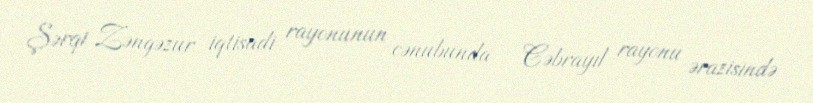
Şərqi Zəngəzur iqtisadi rayonunun cənubunda – Cəbrayıl rayonu ərazisində